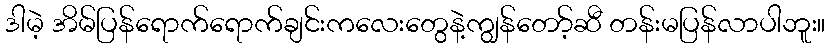
ဒါမဲ့ အိမ်ပြန်ရောက်ရောက်ချင်းကလေးတွေနဲ့ကျွန်တော့်ဆီ တန်းမပြန်လာပါဘူး။